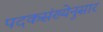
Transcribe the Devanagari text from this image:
पदकसंख्येनुसार